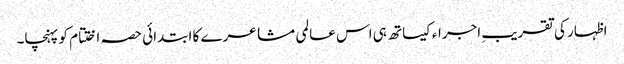
اظہار کی تقریبِ اجراءکیساتھ ہی اس عالمی مشاعرے کا ابتدائی حصہ اختتام کو پہنچا۔